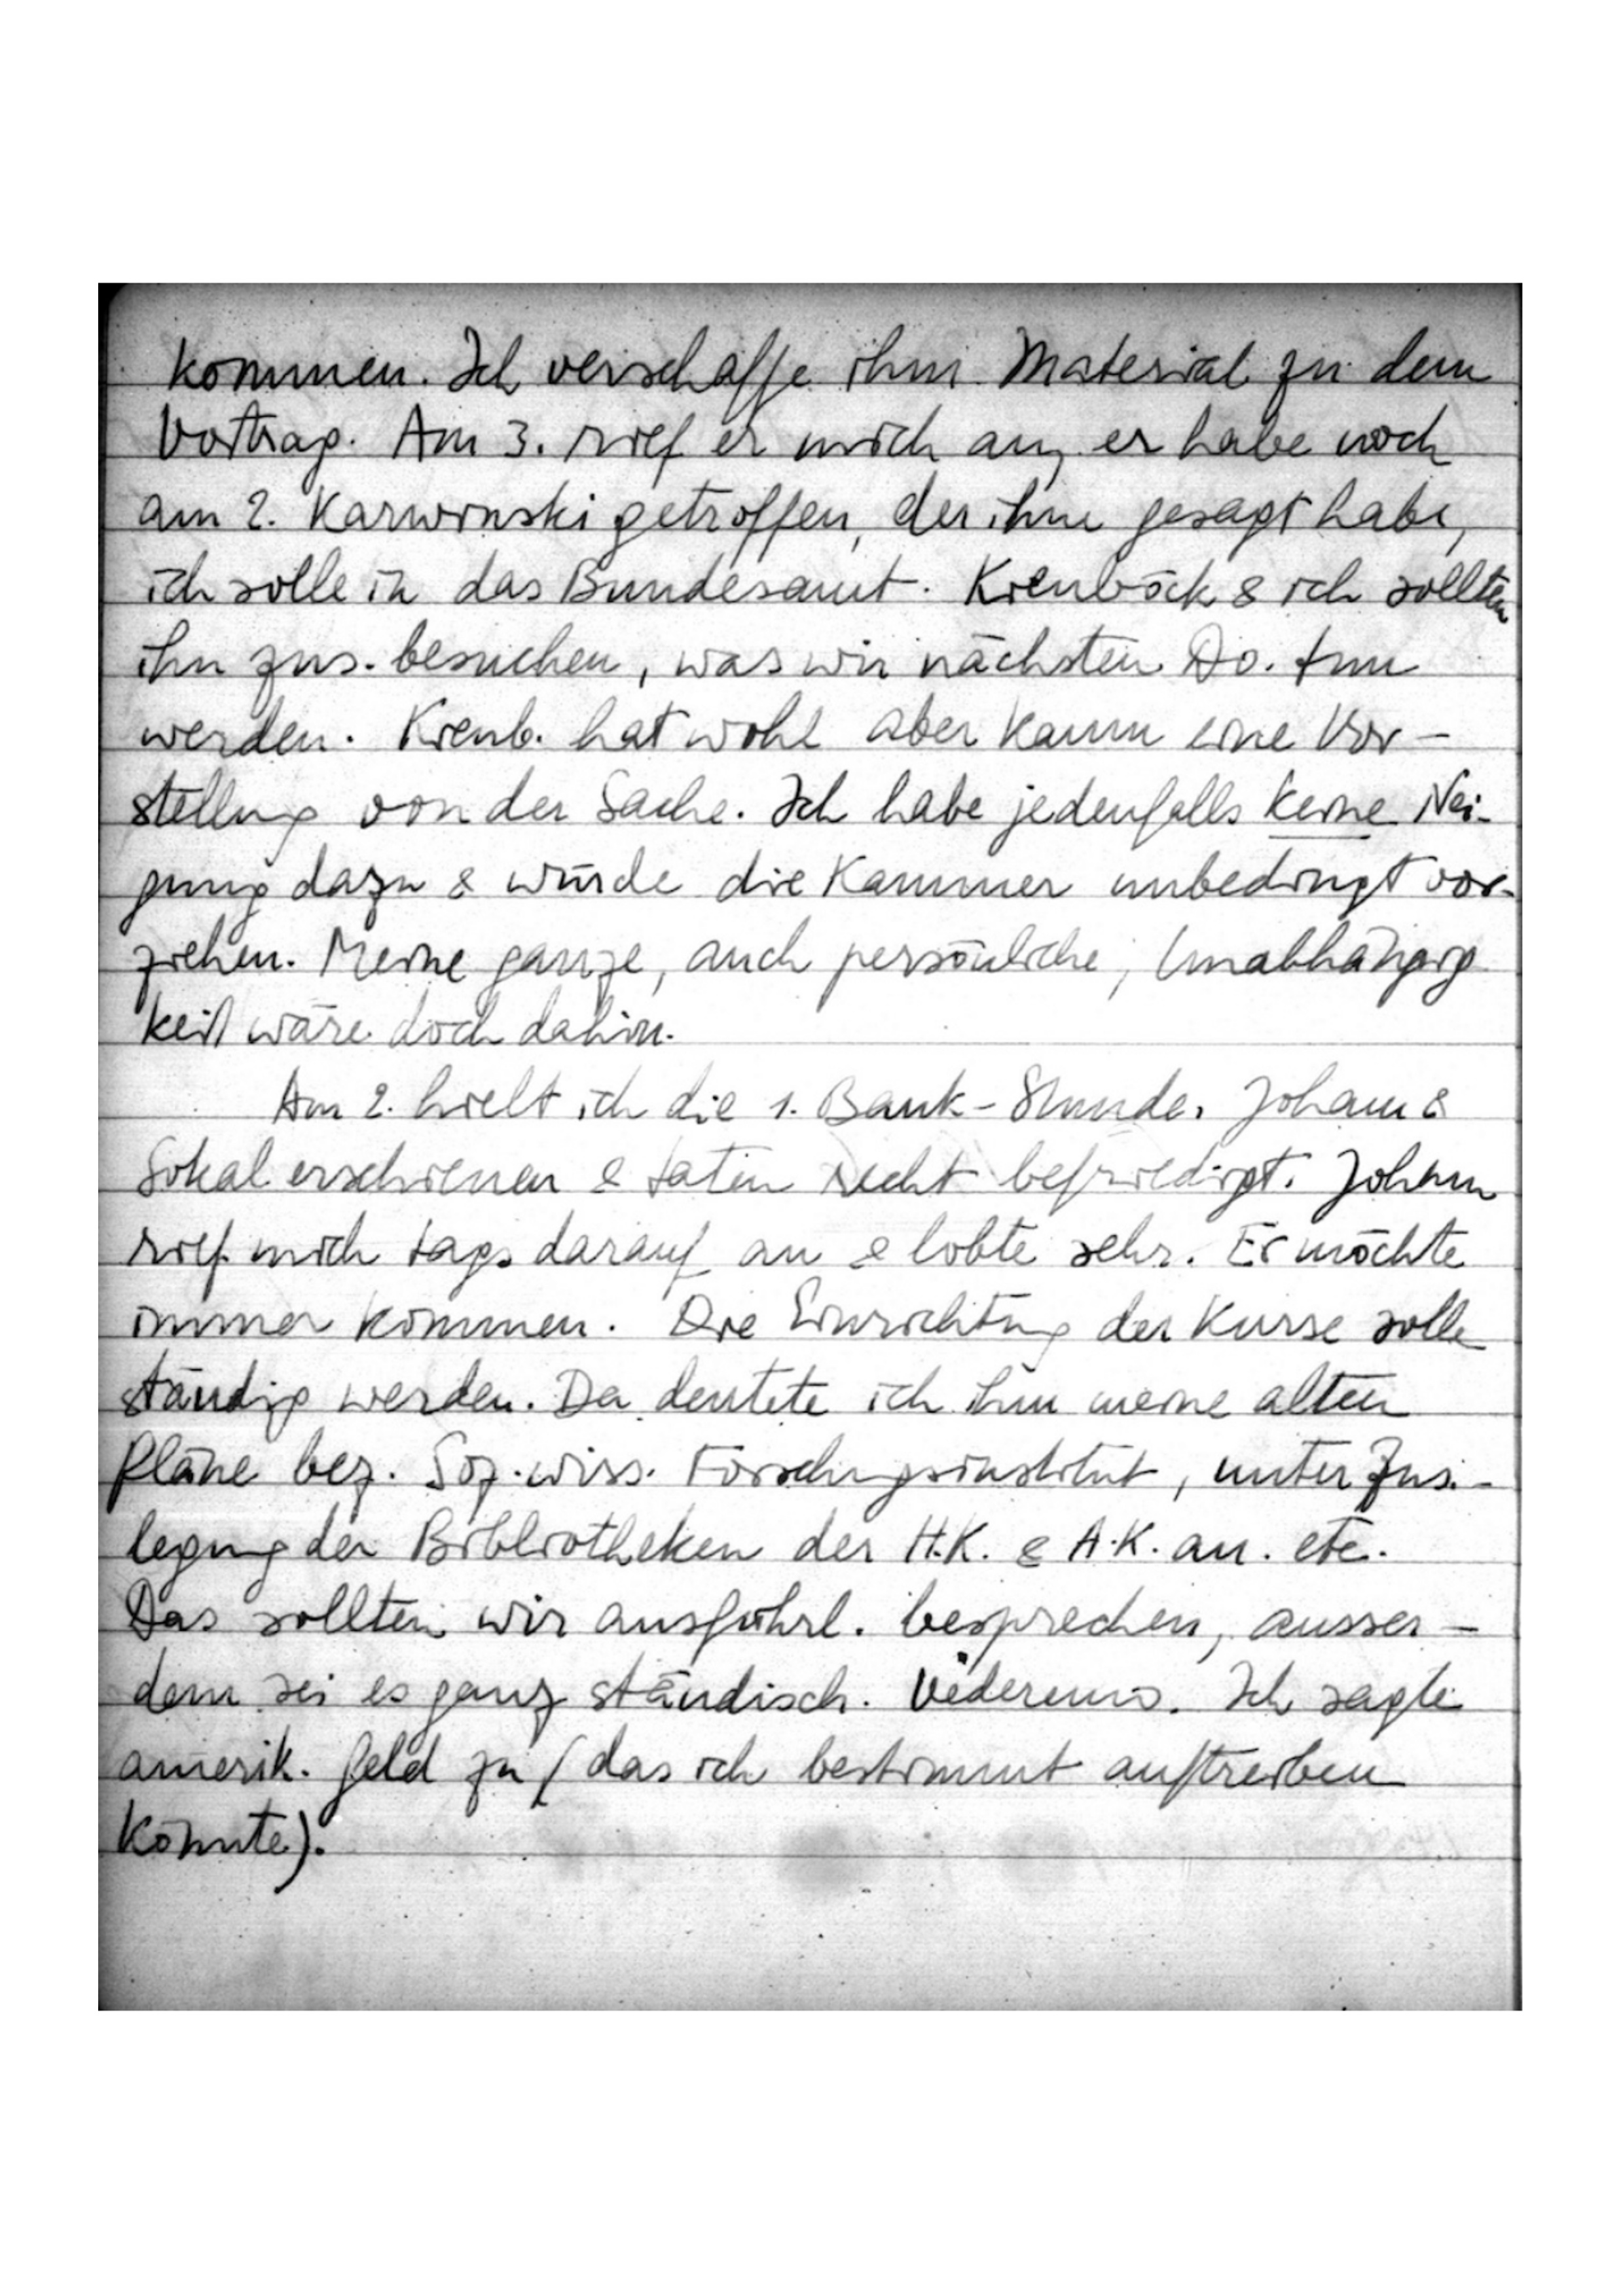
kommen. Ich verschaffe ihm Material zu dem
Vortrag. Am 3. rief er mich an, er habe noch
am 2. Karwinski getroffen, der ihm gesagt habe,
ich solle in das Bundesamt. Kienböck & ich sollten
ihn zus. besuchen, was wir nächsten Do. tun
werden. Kienb. hat wohl aber kaum eine Vorstellung von der Sache.
Ich habe jedenfalls keine Nei-
gung dazu & würde die Kammer unbedingt vor-
ziehen. Meine ganze, auch persönliche, Unabhängig-
keit wäre doch dahin.
Am 2. hielt ich die 1. Bank-Stunde. Joham
& Sokal erschienen & taten recht befriedigt. Joham
rief mich tags darauf an & lobte sehr. Er möchte
immer kommen. Die Einrichtung der Kurse solle
ständig werden. Da deutete ich ihm meine alten
Pläne bez. Soz.wiss. Forschungsinstitut, unter Zus.
legung der Bibliotheken der H.K. & A.K. an. etc.
Das sollten wir ausführl. besprechen, ausser-
dem sei es ganz ständisch. … Ich sagte
amerik. Geld zu, das ich bestimmt auftreiben
könnte).